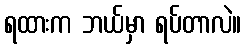
ရထားက ဘယ်မှာ ရပ်တာလဲ။